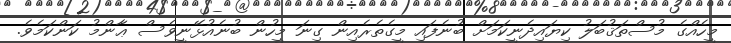
މީހެއްގެ މުސްތަޤުބަލު ކިޔައިދެނީކަމަށް ބުނެފައި މީގެތެރެއިން ގިނަ މީހުން ބުނެއުޅޭނީވެސް ޢާންމު ކަންކަމެވެ.